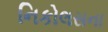
નિકોલસના